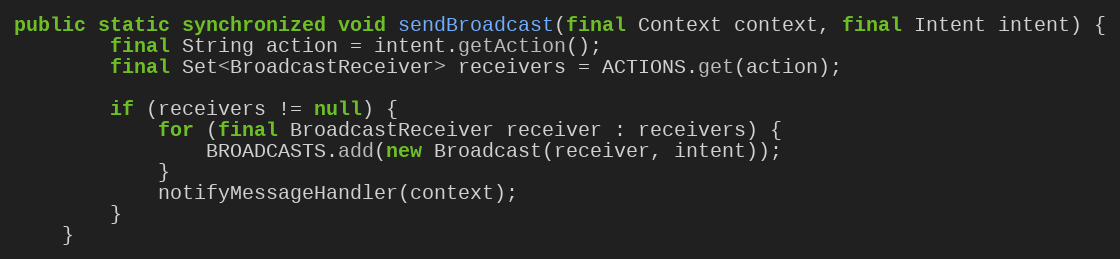
Language: Java
public static synchronized void sendBroadcast(final Context context, final Intent intent) {
		final String action = intent.getAction();
		final Set<BroadcastReceiver> receivers = ACTIONS.get(action);

		if (receivers != null) {
			for (final BroadcastReceiver receiver : receivers) {
				BROADCASTS.add(new Broadcast(receiver, intent));
			}
			notifyMessageHandler(context);
		}
	}